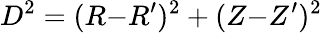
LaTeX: D^{2}=(R{-}R^{\prime})^{2}+(Z{-}Z^{\prime})^{2}